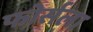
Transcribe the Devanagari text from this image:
फोर्सला